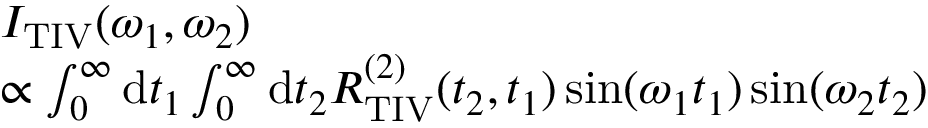
\begin{array} { r l } & { I _ { \mathrm { T I V } } ( \omega _ { 1 } , \omega _ { 2 } ) } \\ & { \propto \int _ { 0 } ^ { \infty } \mathrm { d } t _ { 1 } \int _ { 0 } ^ { \infty } \mathrm { d } t _ { 2 } R _ { \mathrm { T I V } } ^ { ( 2 ) } ( t _ { 2 } , t _ { 1 } ) \sin ( \omega _ { 1 } t _ { 1 } ) \sin ( \omega _ { 2 } t _ { 2 } ) } \end{array}